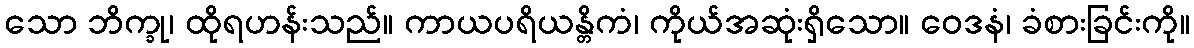
သော ဘိက္ခု၊ ထိုရဟန်းသည်။ ကာယပရိယန္တိကံ၊ ကိုယ်အဆုံးရှိသော။ ဝေဒနံ၊ ခံစားခြင်းကို။